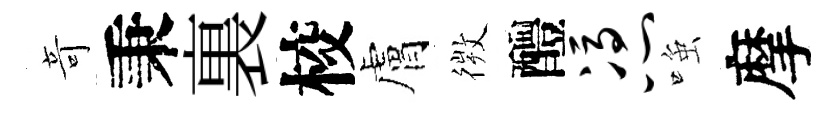
竒秉裏校膚𢕄醴凭𫪻摩